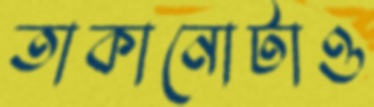
তাকানোটাও